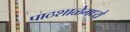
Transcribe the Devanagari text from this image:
पाठशाळेमध्ये